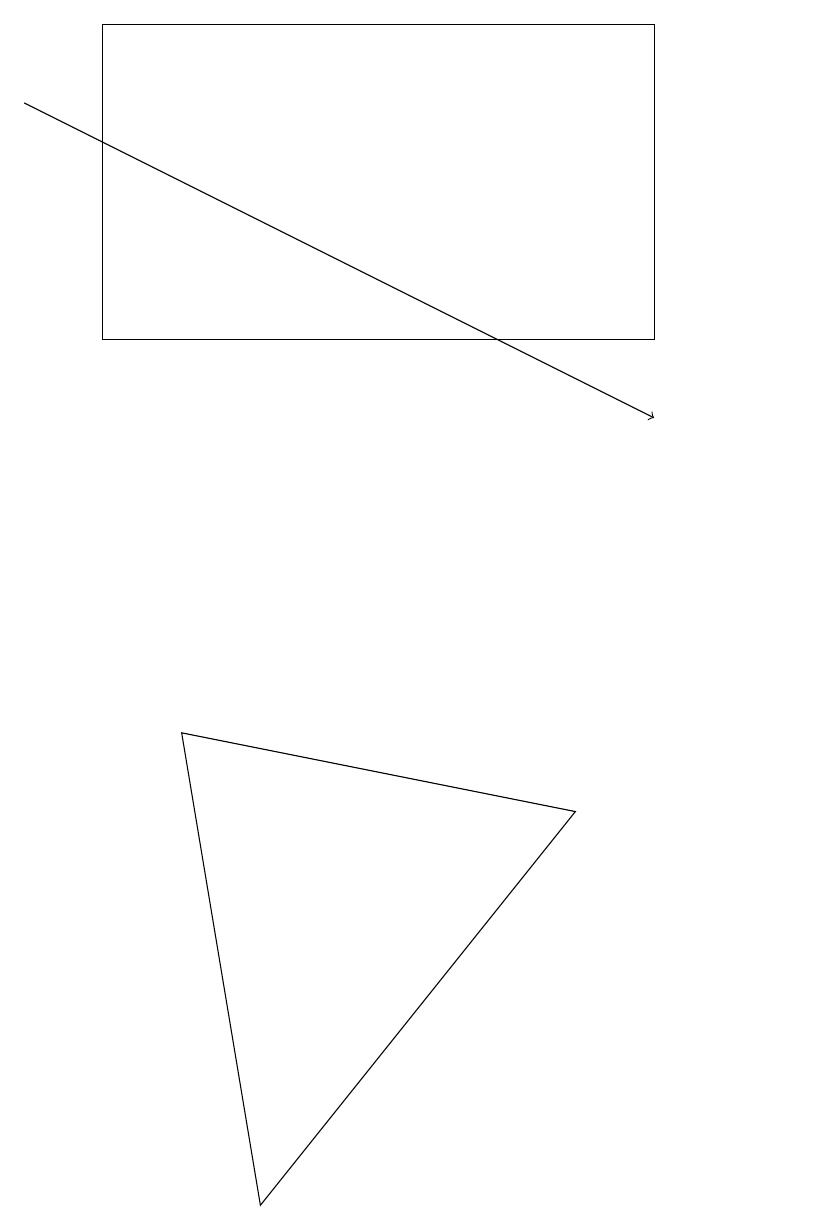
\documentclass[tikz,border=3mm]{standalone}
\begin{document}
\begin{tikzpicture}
\draw[->] (1,15) -- (9,11);
\draw (8,6) -- (3,7) -- (4,1) -- cycle;
\draw (9,12) rectangle (2,16);
\draw (11,11) circle (0);
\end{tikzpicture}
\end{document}